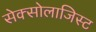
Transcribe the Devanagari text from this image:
सेक्सोलाजिस्ट